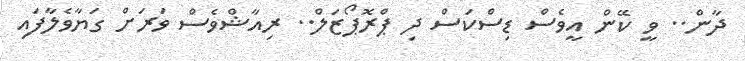
ދާން.. ވީ ކޭން އީވެސް ޑިސްކަސް ދި ޕްރޮޕޯޒަލް.. ރިއާޝްވެސް ވަރަށް ގަޔާވެލާފައި